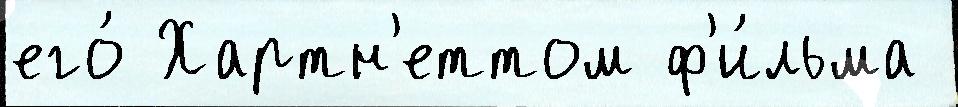
его́ Хартн'еттом ф'и́льма